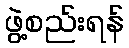
ဖွဲ့စည်းရန်